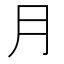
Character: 月